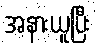
အနားယူပြီး